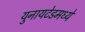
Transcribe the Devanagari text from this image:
युनायटेडमध्ये